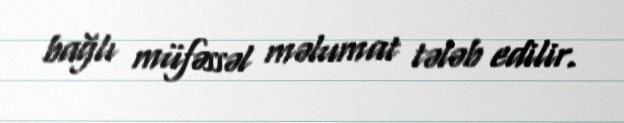
bağlı müfəssəl məlumat tələb edilir.